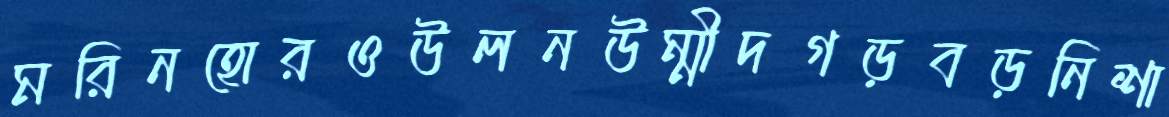
মরিনহোরওউলনউম্মীদগড়বড়নিশা